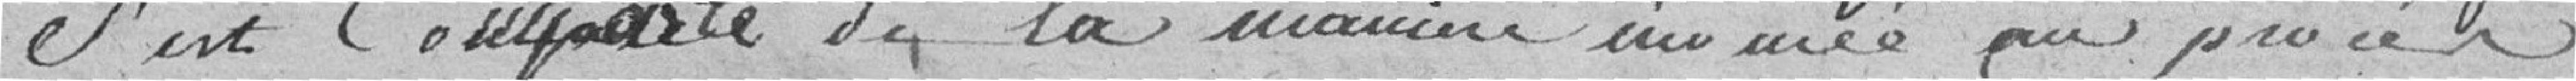
s'est comporté de la manière nommé au procès